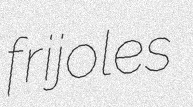
frijoles